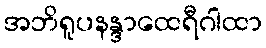
အဘိရူပနန္ဒာထေရီဂါထာ